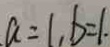
a = 1 , b = 1